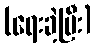
(ရေးခဲ့ပြီး)